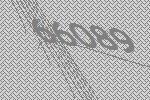
66089